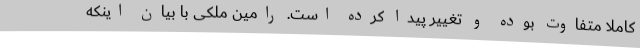
کاملا متفاوت بوده و تغییر پیدا کرده است. رامین ملکی با بیان اینکه